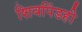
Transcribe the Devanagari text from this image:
शिवपिंडही